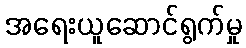
အရေးယူဆောင်ရွက်မှု